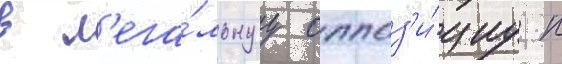
в л'ега́льнуу оппоз'и́циу к